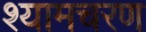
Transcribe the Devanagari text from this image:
श्यामचरण